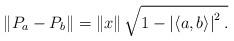
LaTeX: \begin{align*}\left\| {P_a - P_b } \right\| = \left\| x \right\|\sqrt {1 - \left| {\left\langle {a,b} \right\rangle } \right|^2.}\end{align*}